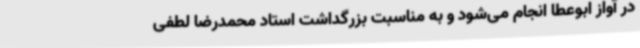
در آواز ابوعطا انجام می‌شود و به مناسبت بزرگداشت استاد محمدرضا لطفی